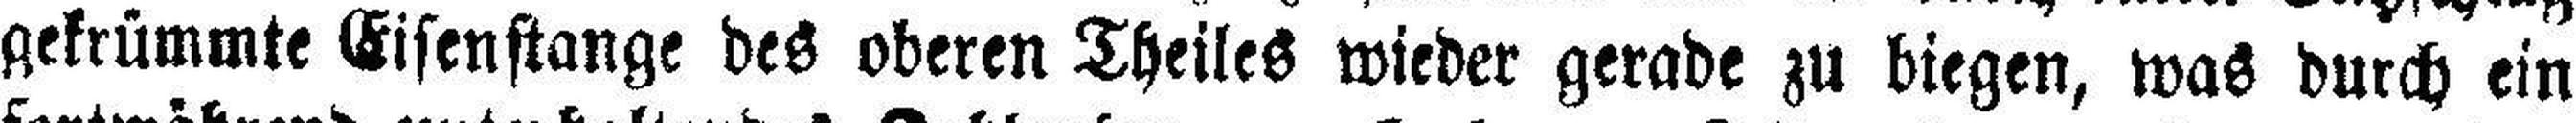
gekrümmte Eisenstange des oberen Theiles wieder gerade zu biegen, was durch ein